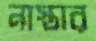
নাস্তার